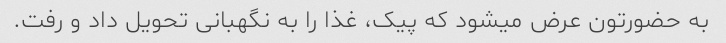
به حضورتون عرض میشود که پیک، غذا را به نگهبانی تحویل داد و رفت.